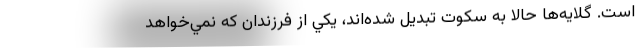
است. گلايه‌ها حالا به سكوت تبديل شده‌اند، يكي از فرزندان كه نمي‌خواهد